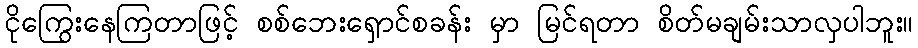
ငိုကြွေးနေကြတာဖြင့် စစ်ဘေးရှောင်စခန်း မှာ မြင်ရတာ စိတ်မချမ်းသာလှပါဘူး။